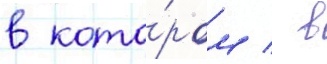
в кото́ром / в